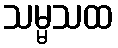
သမ္မသထ